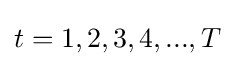
t=1,2,3,4,...,T